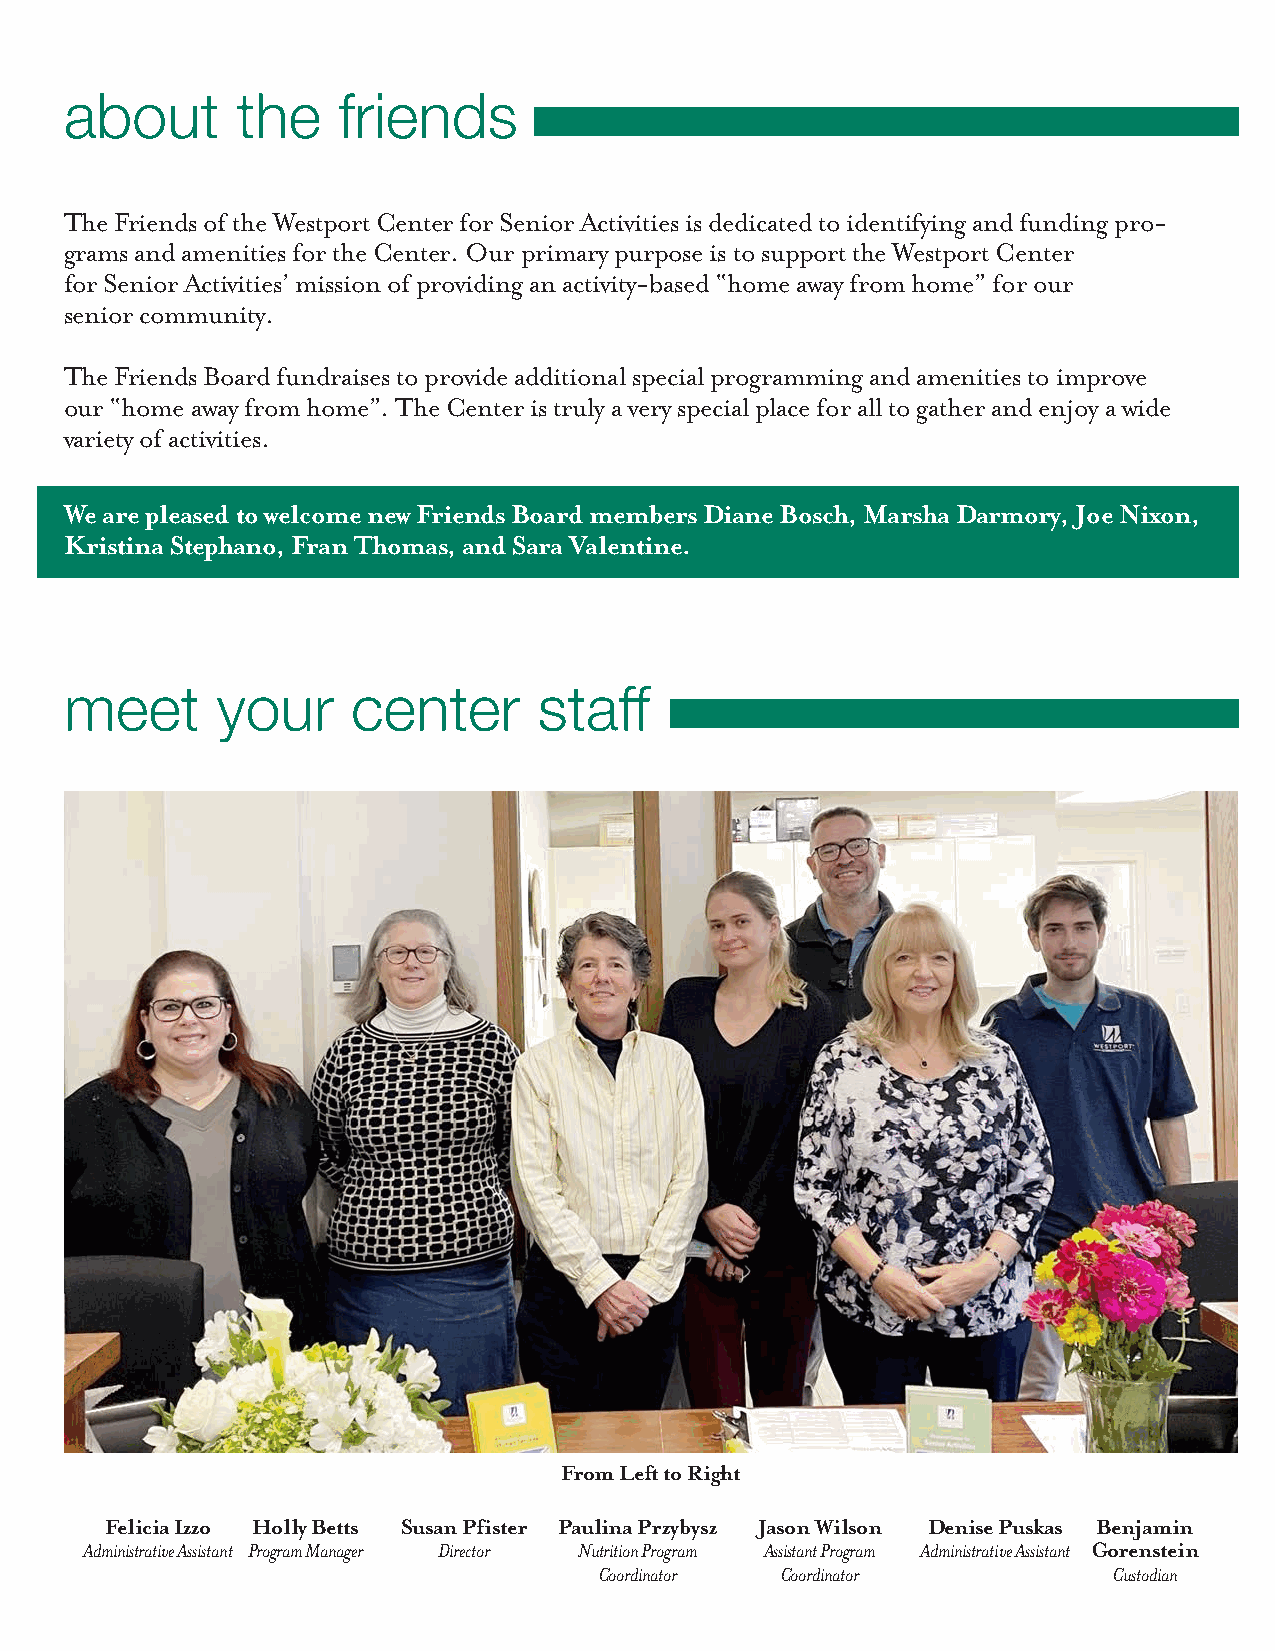
about       the   friends
 The Friends of the Westport Center for Senior Activities is dedicated to identifying and funding pro-
 grams and amenities for the Center. Our primary purpose is to support the Westport Center
 for Senior Activities’ mission of providing an activity-based “home away from home” for our
 senior community.
 The Friends Board fundraises to provide additional special programming and amenities to improve
 our “home away from home”. The Center is truly a very special place for all to gather and enjoy a wide
 variety of activities.
 We are pleased to welcome new Friends Board members Diane Bosch, Marsha Darmory, Joe Nixon,
 Kristina Stephano, Fran Thomas, and Sara Valentine.
 meet      your     center       staff
 From Left to Right
 Felicia Izzo Holly Betts Susan Pfister Paulina Przybysz Jason Wilson Denise Puskas Benjamin
 Administrative Assistant Program Manager Director Nutrition Program Assistant Program Administrative Assistant Gorenstein
 Coordinator Coordinator           Custodian